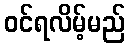
ဝင်ရလိမ့်မည်